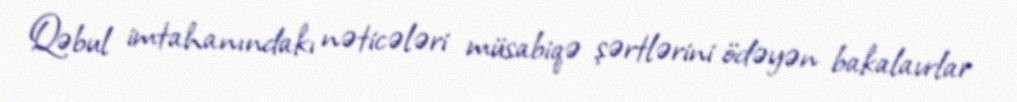
Qəbul imtahanındakı nəticələri müsabiqə şərtlərini ödəyən bakalavrlar